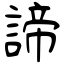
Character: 諦